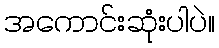
အကောင်းဆုံးပါပဲ။